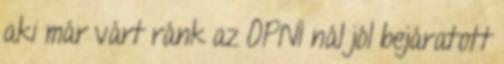
aki már várt ránk az OPNI nál jól bejáratott